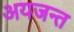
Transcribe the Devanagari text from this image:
अयजन्त